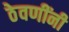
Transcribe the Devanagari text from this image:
ठेवणींनी